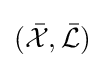
({\bar {\mathcal {X}}},{\bar {\mathcal {L}}})